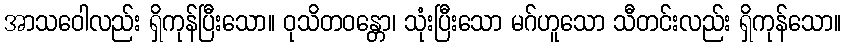
အာသဝေါလည်း ရှိကုန်ပြီးသော။ ဝုသိတဝန္တော၊ သုံးပြီးသော မဂ်ဟူသော သီတင်းလည်း ရှိကုန်သော။